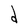
Character: d